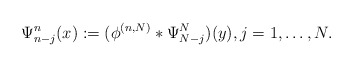
\begin{align*}\Psi_{n-j}^{n}(x) := (\phi^{(n,N)} * \Psi_{N-j}^{N})(y), j=1,\dotsc,N.\end{align*}